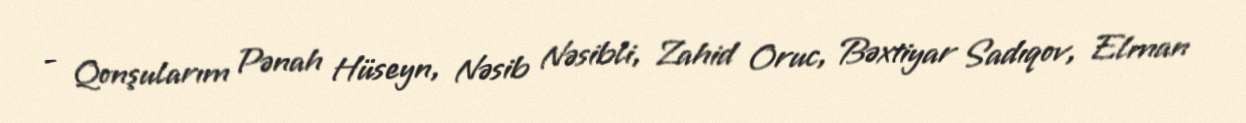
- Qonşularım Pənah Hüseyn, Nəsib Nəsibli, Zahid Oruc, Bəxtiyar Sadıqov, Elman